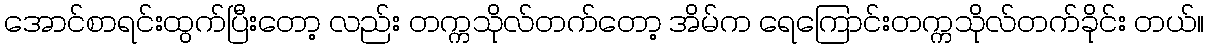
အောင်စာရင်းထွက်ပြီးတော့ လည်း တက္ကသိုလ်တက်တော့ အိမ်က ရေကြောင်းတက္ကသိုလ်တက်ခိုင်း တယ်။